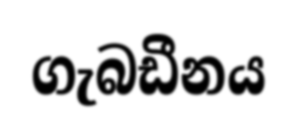
ගැබඩීනය